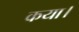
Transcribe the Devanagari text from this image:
कया।